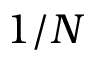
1 / N